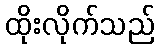
ထိုးလိုက်သည်